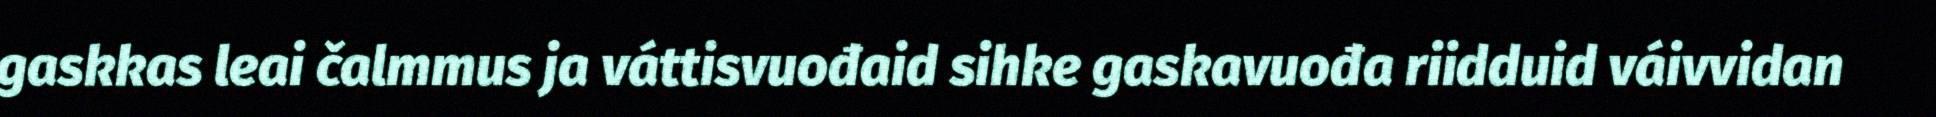
gaskkas leai čalmmus ja váttisvuođaid sihke gaskavuođa riidduid váivvidan